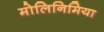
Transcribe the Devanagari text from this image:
मोलिनिमिया